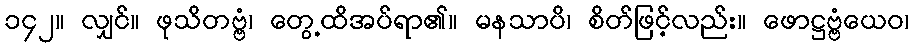
၁၄၂။ လျှင်။ ဖုသိတဗ္ဗံ၊ တွေ့ထိအပ်ရာ၏။ မနသာပိ၊ စိတ်ဖြင့်လည်း။ ဖောဋ္ဌဗ္ဗံယေဝ၊